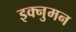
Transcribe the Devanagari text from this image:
इक्नुमन